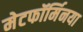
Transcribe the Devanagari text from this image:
मेटफॉर्मिनया